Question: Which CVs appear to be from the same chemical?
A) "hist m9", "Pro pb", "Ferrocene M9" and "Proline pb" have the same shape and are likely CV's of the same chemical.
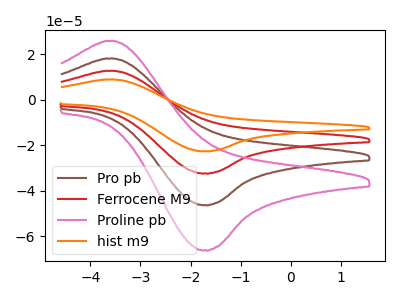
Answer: <think>The brown curve "Pro pb" has an anodic peak at (-3.65V, 25.25uA) and a cathodic peak at (-1.70V, -64.90uA). The red curve "Ferrocene M9" has an anodic peak at (-3.65V, 12.65uA) and a cathodic peak at (-1.70V, -32.45uA). The pink curve "Proline pb" has an anodic peak at (-3.65V, 37.90uA) and a cathodic peak at (-1.70V, -97.35uA). The orange curve "hist m9" has an anodic peak at (-3.65V, 8.85uA) and a cathodic peak at (-1.70V, -22.70uA).
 All the peaks in "Pro pb" have a peak in "Ferrocene M9" at the same potential. Every peak in "Pro pb" is higher than every peak in "Ferrocene M9". All the peaks in "Pro pb" have a peak in "Proline pb" at the same potential. Every peak in "Pro pb" is lower than every peak in "Proline pb". All the peaks in "Pro pb" have a peak in "hist m9" at the same potential. Every peak in "Pro pb" is higher than every peak in "hist m9". All the peaks in "Ferrocene M9" have a peak in "Proline pb" at the same potential. Every peak in "Ferrocene M9" is lower than every peak in "Proline pb". All the peaks in "Ferrocene M9" have a peak in "hist m9" at the same potential. Every peak in "Ferrocene M9" is higher than every peak in "hist m9". All the peaks in "Proline pb" have a peak in "hist m9" at the same potential. Every peak in "Proline pb" is higher than every peak in "hist m9".</think>
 <answer>A) "hist m9", "Pro pb", "Ferrocene M9" and "Proline pb" have the same shape and are likely CV's of the same chemical.</answer>
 <eval>A</eval>